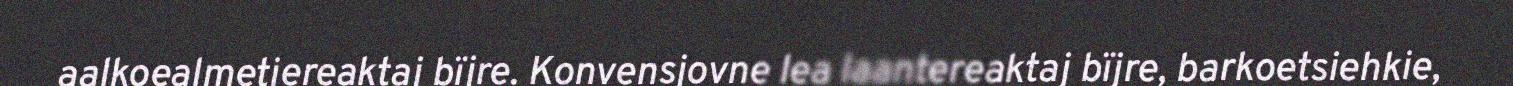
aalkoealmetjereaktaj bïjre. Konvensjovne lea laantereaktaj bïjre, barkoetsiehkie,